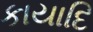
કાયાદિ